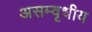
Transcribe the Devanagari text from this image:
असम्वृधीय